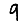
Digit: 9